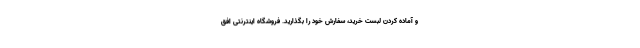
و آماده کردن لبست خرید، سفارش خود را بگذارید. فروشگاه اینترنتی افق